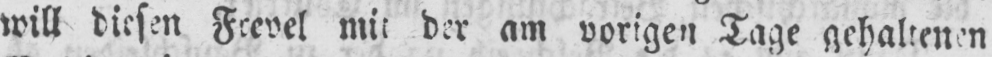
will diesen Frevel mit der am vorigen Tage gehaltenen